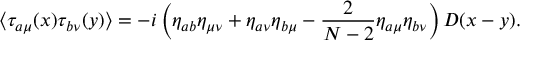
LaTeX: \langle \tau _ { a \mu } ( x ) \tau _ { b \nu } ( y ) \rangle = - i \left( \eta _ { a b } \eta _ { \mu \nu } + \eta _ { a \nu } \eta _ { b \mu } - \frac { 2 } { N - 2 } \eta _ { a \mu } \eta _ { b \nu } \right) D ( x - y ) .